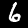
Digit: 6